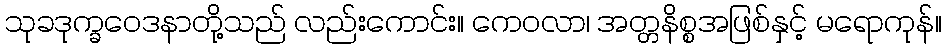
သုခဒုက္ခဝေဒနာတို့သည် လည်းကောင်း။ ကေဝလာ၊ အတ္တနိစ္စအဖြစ်နှင့် မရောကုန်။